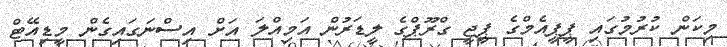
މިކަން ކުރުމުގައި ޕީޕީއެމްގެ ޕީޖީ ގްރޫޕްގެ ލީޑަރުން އަމިއްލަ އަށް އިސްނަގައިގެން މީޑިއޭޓް